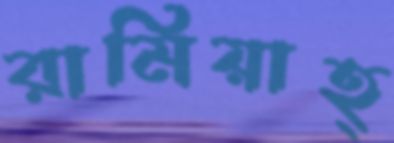
রামিয়াহ্